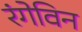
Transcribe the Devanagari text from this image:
रंगेविन